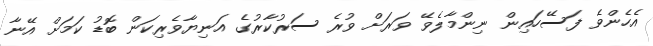
އެހެންވެ ފަސޭހައިން ނިންމާލެވޭ ވަރަށް ވުރެ ސަރުކާރުގެ އަނިޔާވެރިކަން ބޮޑު ކަމަށް އޭނާ